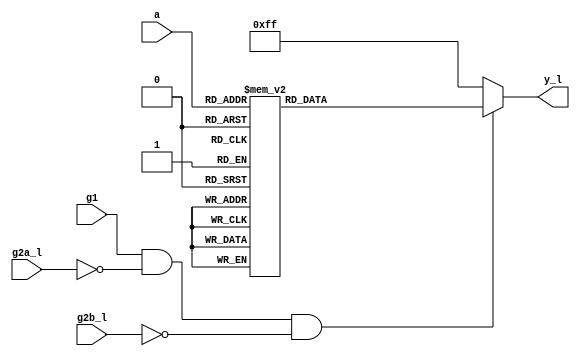
`timescale 1ns / 1ps
//////////////////////////////////////////////////////////////////////////////////
// Company: 
// Engineer: 
// 
// Design Name: 
// Module Name: 74LS138
// Project Name: 
// Target Devices: 
// Tool Versions: 
// Description: 
// 
// Dependencies: 
// 
// Revision:
// Revision 0.01 - File Created
// Additional Comments:
// 
//////////////////////////////////////////////////////////////////////////////////


module p138(
    input g1,
    input g2a_l,
    input g2b_l,
    input [2:0] a,
    output reg [7:0] y_l
    );
always @ (g1 or g2a_l or g2b_l or a) begin
if (g1 && ~g2a_l && ~g2b_l)
    case (a)
        7:y_l=8'b01111111;
        6:y_l=8'b10111111;
        5:y_l=8'b11011111;
        4:y_l=8'b11101111;
        3:y_l=8'b11110111;
        2:y_l=8'b11111011;
        1:y_l=8'b11111101;
        0:y_l=8'b11111110;
        default:y_l=8'b11111111;
    endcase
else y_l=8'b11111111;
end
endmodule